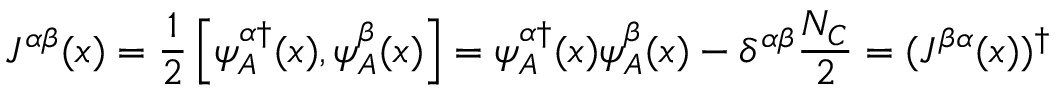
J ^ { \alpha \beta } ( x ) = { \frac { 1 } { 2 } } \left[ \psi _ { A } ^ { \alpha \dagger } ( x ) , \psi _ { A } ^ { \beta } ( x ) \right] = \psi _ { A } ^ { \alpha \dagger } ( x ) \psi _ { A } ^ { \beta } ( x ) - \delta ^ { \alpha \beta } { \frac { { \cal N } _ { C } } { 2 } } = ( J ^ { \beta \alpha } ( x ) ) ^ { \dagger }